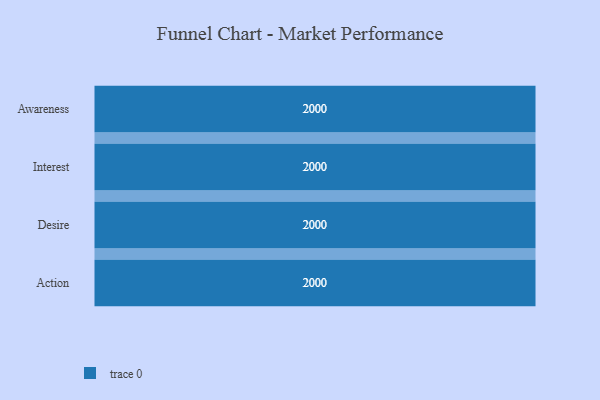
{"axis": {"x": "Stage", "y": "Value"}, "legend": [""], "data": [{"x": "Awareness", "y": 2000, "type": ""}, {"x": "Interest", "y": 2000, "type": ""}, {"x": "Desire", "y": 2000, "type": ""}, {"x": "Action", "y": 2000, "type": ""}]}